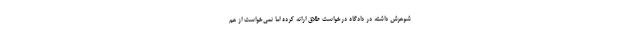
شوهرش داشته در دادگاه درخواست طلاق ارائه کرده اما نمی‌خواست از هم